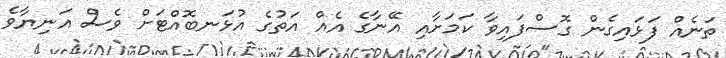
ތަނެއް ފަޅައިގެން ގޮސްފައިވާ ކަމަށާއި އޭނާގެ އެއް އަތުގެ އުޅަނބޮއްޓަށް ވެސް އަނިޔާވެ